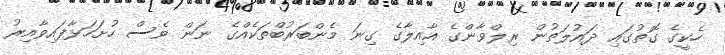
ހެކީގެ ގޮތުގައި ދައުލަތުން ރިލްވާންގެ އާއިލާގެ ގިނަ މެންބަރުބްތަކެއްގެ ނަން ވެސް ހުށަހަޅާފައިވާއިރު